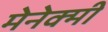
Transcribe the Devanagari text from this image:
मेनेक्मी